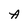
Character: A